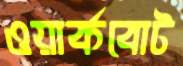
ওয়ার্কবোট